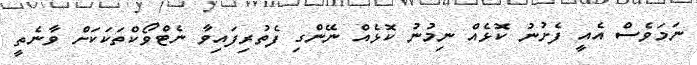
ނަމަވެސް އެއީ ފެށުނު ކޮޅެއް ނިމުނު ކޮޅެއް ނޭންގި ފެތުރިފައިވާ ނެޓްވޯކްތަކަކަށް ވާނެތީ